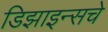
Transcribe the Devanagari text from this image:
डिझाइन्सचे